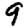
Digit: 9